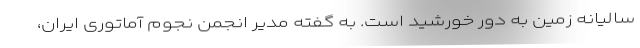
سالیانه زمین به دور خورشید است. به گفته مدیر انجمن نجوم آماتوری ایران،